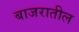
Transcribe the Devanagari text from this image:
बाजरातील